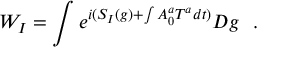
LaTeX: W _ { I } = \int e ^ { i ( S _ { I } ( g ) + \int A _ { 0 } ^ { a } T ^ { a } d t ) } D g \ \ .